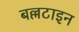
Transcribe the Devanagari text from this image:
बल्लटाइन